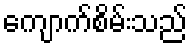
ကျောက်စိမ်းသည်